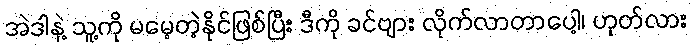
အဲဒါနဲ့ သူ့ကို မမေ့တဲ့နိုင်ဖြစ်ပြီး ဒီကို ခင်ဗျား လိုက်လာတာပေါ့၊ ဟုတ်လား